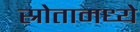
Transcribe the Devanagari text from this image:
स्रोतामध्ये